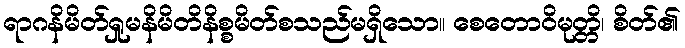
ရာဂနိမိတ်ရှုမနိမိတိနိစ္စမိတ်စသည်မရှိသော။ စေတောဝိမုတ္တိ၊ စိတ်၏